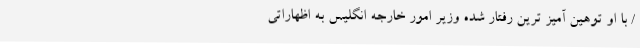
/ با او توهین آمیز ترین رفتار شده وزیر امور خارجه انگلیس به اظهاراتی